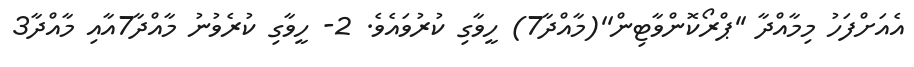
އެއަށްފަހު މިމާއްދާ ''ޕްރޯކޮންވާޓިން''(މާއްދާ7) ހީވާގި ކުރުވައެވެ. 2- ހީވާގި ކުރެވުނު މާއްދާ7އާއި މާއްދާ3